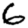
Digit: 6